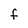
Character: F